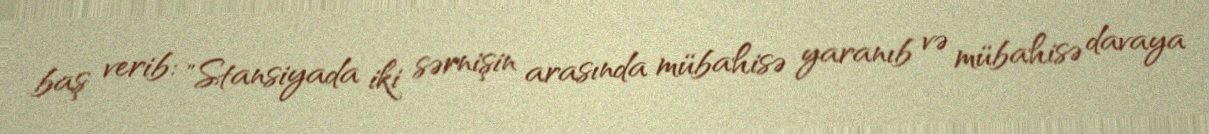
baş verib: "Stansiyada iki sərnişin arasında mübahisə yaranıb və mübahisə davaya